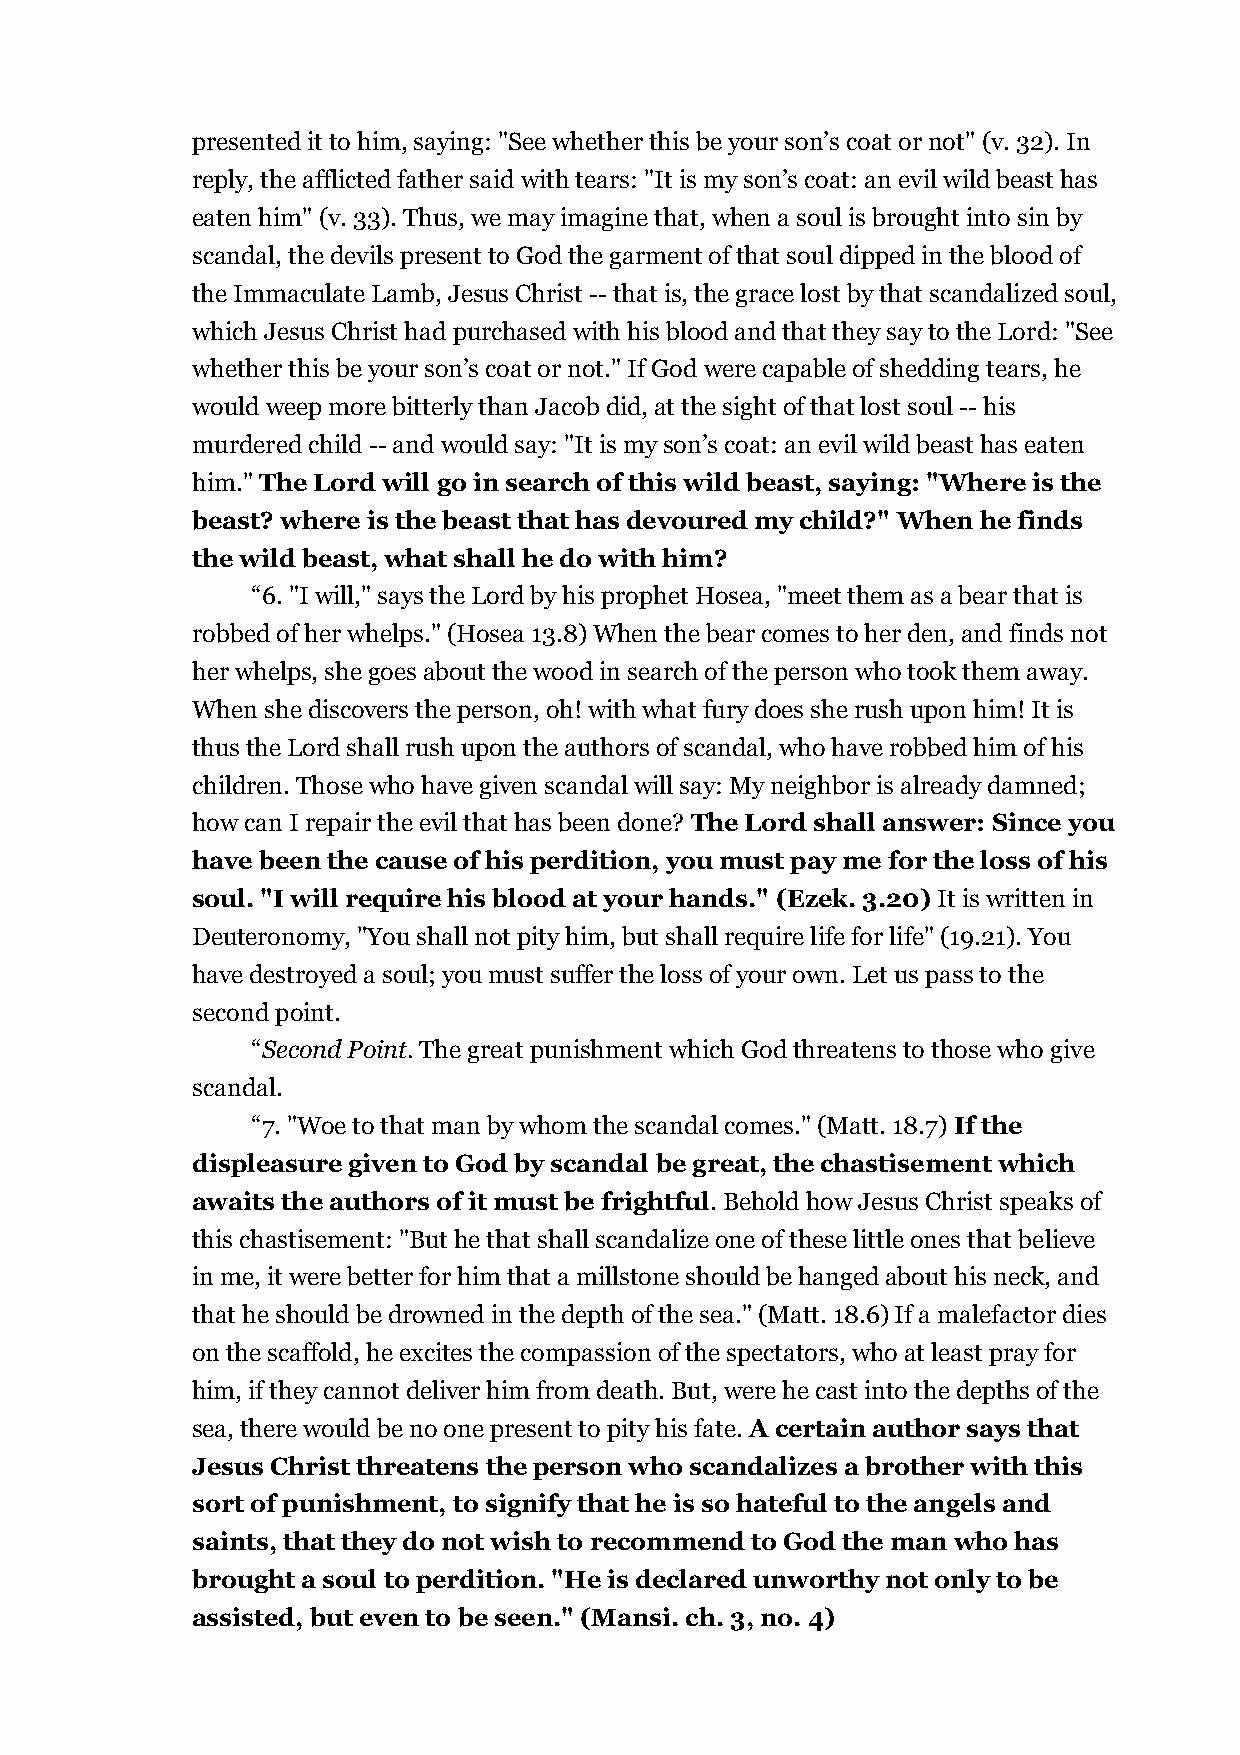
presented it to him, saying: "See whether this be your son’s coat or not" (v. 32). In
 reply, the afflicted father said with tears: "It is my son’s coat: an evil wild beast has
 eaten him" (v. 33). Thus, we may imagine that, when a soul is brought into sin by
 scandal, the devils present to God the garment of that soul dipped in the blood of
 the Immaculate Lamb, Jesus Christ -- that is, the grace lost by that scandalized soul,
 which Jesus Christ had purchased with his blood and that they say to the Lord: "See
 whether this be your son’s coat or not." If God were capable of shedding tears, he
 would weep more bitterly than Jacob did, at the sight of that lost soul -- his
 murdered child -- and would say: "It is my son’s coat: an evil wild beast has eaten
 him." The Lord will go in search of this wild beast, saying: "Where is the
 beast? where is the beast that has devoured my child?" When he finds
 the wild beast, what shall he do with him?
 “6. "I will," says the Lord by his prophet Hosea, "meet them as a bear that is
 robbed of her whelps." (Hosea 13.8) When the bear comes to her den, and finds not
 her whelps, she goes about the wood in search of the person who took them away.
 When she discovers the person, oh! with what fury does she rush upon him! It is
 thus the Lord shall rush upon the authors of scandal, who have robbed him of his
 children. Those who have given scandal will say: My neighbor is already damned;
 how can I repair the evil that has been done? The Lord shall answer: Since you
 have been the cause of his perdition, you must pay me for the loss of his
 soul. "I will require his blood at your hands." (Ezek. 3.20) It is written in
 Deuteronomy, "You shall not pity him, but shall require life for life" (19.21). You
 have destroyed a soul; you must suffer the loss of your own. Let us pass to the
 second point.
 “Second Point. The great punishment which God threatens to those who give
 scandal.
 “7. "Woe to that man by whom the scandal comes." (Matt. 18.7) If the
 displeasure given to God by scandal be great, the chastisement which
 awaits the authors of it must be frightful. Behold how Jesus Christ speaks of
 this chastisement: "But he that shall scandalize one of these little ones that believe
 in me, it were better for him that a millstone should be hanged about his neck, and
 that he should be drowned in the depth of the sea." (Matt. 18.6) If a malefactor dies
 on the scaffold, he excites the compassion of the spectators, who at least pray for
 him, if they cannot deliver him from death. But, were he cast into the depths of the
 sea, there would be no one present to pity his fate. A certain author says that
 Jesus Christ threatens the person who scandalizes a brother with this
 sort of punishment, to signify that he is so hateful to the angels and
 saints, that they do not wish to recommend to God the man who has
 brought a soul to perdition. "He is declared unworthy not only to be
 assisted, but even to be seen." (Mansi. ch. 3, no. 4)